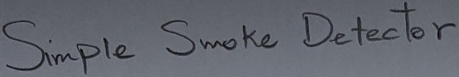
Text: Simple Smoke Detector